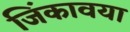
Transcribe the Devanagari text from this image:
जिंकावया